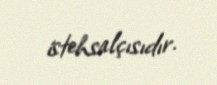
istehsalçısıdır.